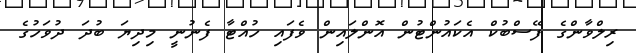
ރިލްވާންގެ ފޭސްބުކް އެކައުންޓުން އޮންލައިން ވެފައި ހުއްޓާ ފެނުނީ މިދިޔަ ބުދަ ދުވަހުގެ